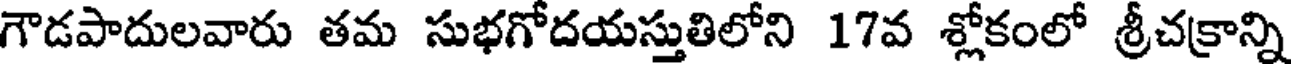
గౌడపాదులవారు తమ సుభగోదయస్తుతిలోని 17వ శ్లోకంలో శ్రీచక్రాన్ని